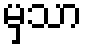
မှသာ